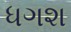
ધગશ